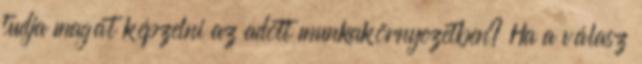
tudja magát képzelni az adott munkakörnyezetben? Ha a válasz